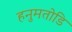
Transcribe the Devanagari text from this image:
हनुमतोडि